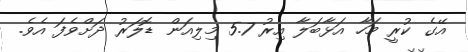
އޭގެ ކުރީ މަހާ އަޅާބަލާ އިރު 5.7 މިލިއަން ޑޮލަރު ދަށްވެފަ އެވެ.